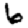
Digit: 6